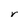
Character: r